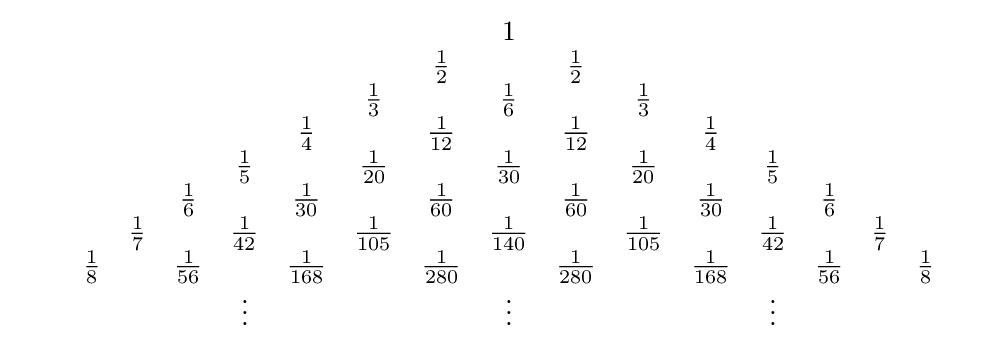
{\begin{array}{cccccccccccccccccc}&&&&&&&&&1&&&&&&&&\\&&&&&&&&{\frac {1}{2}}&&{\frac {1}{2}}&&&&&&&\\&&&&&&&{\frac {1}{3}}&&{\frac {1}{6}}&&{\frac {1}{3}}&&&&&&\\&&&&&&{\frac {1}{4}}&&{\frac {1}{12}}&&{\frac {1}{12}}&&{\frac {1}{4}}&&&&&\\&&&&&{\frac {1}{5}}&&{\frac {1}{20}}&&{\frac {1}{30}}&&{\frac {1}{20}}&&{\frac {1}{5}}&&&&\\&&&&{\frac {1}{6}}&&{\frac {1}{30}}&&{\frac {1}{60}}&&{\frac {1}{60}}&&{\frac {1}{30}}&&{\frac {1}{6}}&&&\\&&&{\frac {1}{7}}&&{\frac {1}{42}}&&{\frac {1}{105}}&&{\frac {1}{140}}&&{\frac {1}{105}}&&{\frac {1}{42}}&&{\frac {1}{7}}&&\\&&{\frac {1}{8}}&&{\frac {1}{56}}&&{\frac {1}{168}}&&{\frac {1}{280}}&&{\frac {1}{280}}&&{\frac {1}{168}}&&{\frac {1}{56}}&&{\frac {1}{8}}&\\&&&&&\vdots &&&&\vdots &&&&\vdots &&&&\\\end{array}}